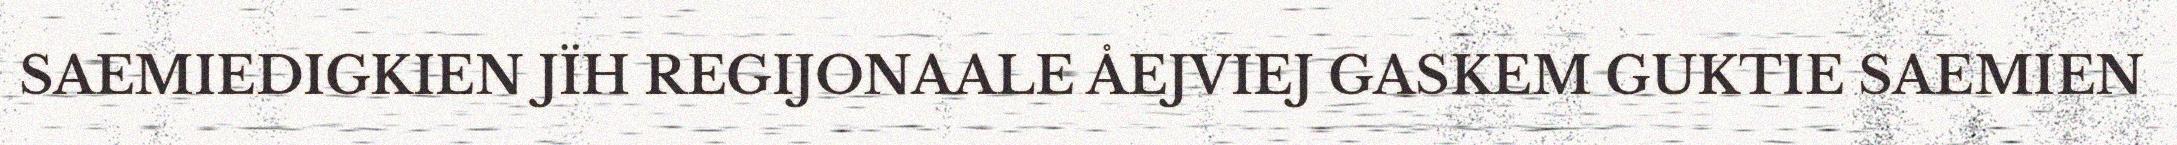
SAEMIEDIGKIEN JÏH REGIJONAALE ÅEJVIEJ GASKEM GUKTIE SAEMIEN